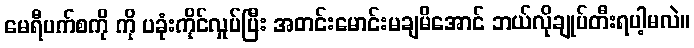
မေရီပက်စကို ကို ပခုံးကိုင်လှုပ်ပြီး အတင်းမောင်းမချမိအောင် ဘယ်လိုချုပ်တီးရပါ့မလဲ။